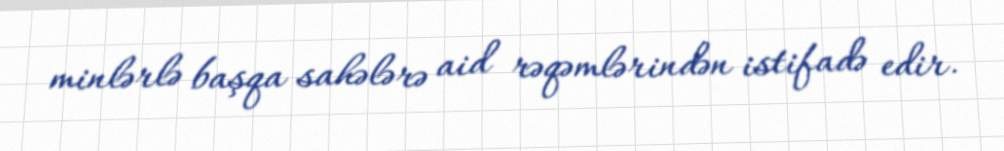
minlərlə başqa sahələrə aid rəqəmlərindən istifadə edir.